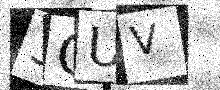
Text: 3CUV